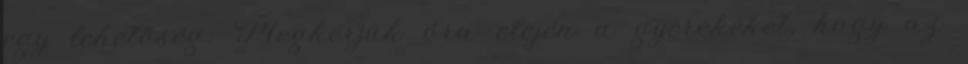
egy lehetőség: Megkérjük óra elején a gyerekeket, hogy az